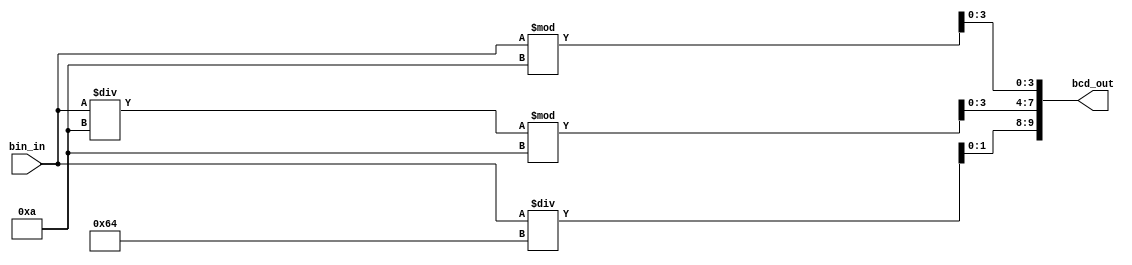
/*
 * @Author: WenJiaBao-2022E8020282071
 * @Date: 2022-09-21 13:04:27
 * @LastEditTime: 2022-10-04 12:34:11
 * @Description: Homework of AdvDigitalIC : ch3 BCD convoter source code
 * 
 * Copyright (c) 2022 by WenJiaBao wenjiabao0919@163.com, All Rights Reserved. 
 */


module BinToBCD_m1 (
    input   [7:0]   bin_in,
    output  [9:0]   bcd_out  
);

wire    [3:0]   b;
wire    [3:0]   c;
wire    [1:0]   d;

assign bcd_out = {d,c,b};

assign d=bin_in/8'd100;
assign c=(bin_in/8'd10)%10;
assign b=bin_in%10;
endmodule